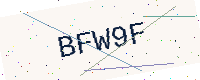
Text: BFW9F